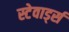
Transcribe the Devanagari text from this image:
स्टेवार्ड्स